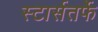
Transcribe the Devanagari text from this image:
स्टार्सतर्फे